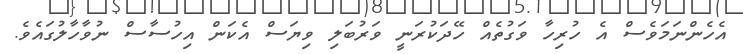
އެހެންނަމަވެސް އެ ހުރިހާ ވަގުތެއް ހޭދަކުރަނީ ވަރުބަލި ވިޔަސް އެކަން އިހުސާސް ނުވާހާލުގައެވެ.